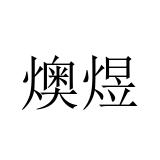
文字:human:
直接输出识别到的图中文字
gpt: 燠煜